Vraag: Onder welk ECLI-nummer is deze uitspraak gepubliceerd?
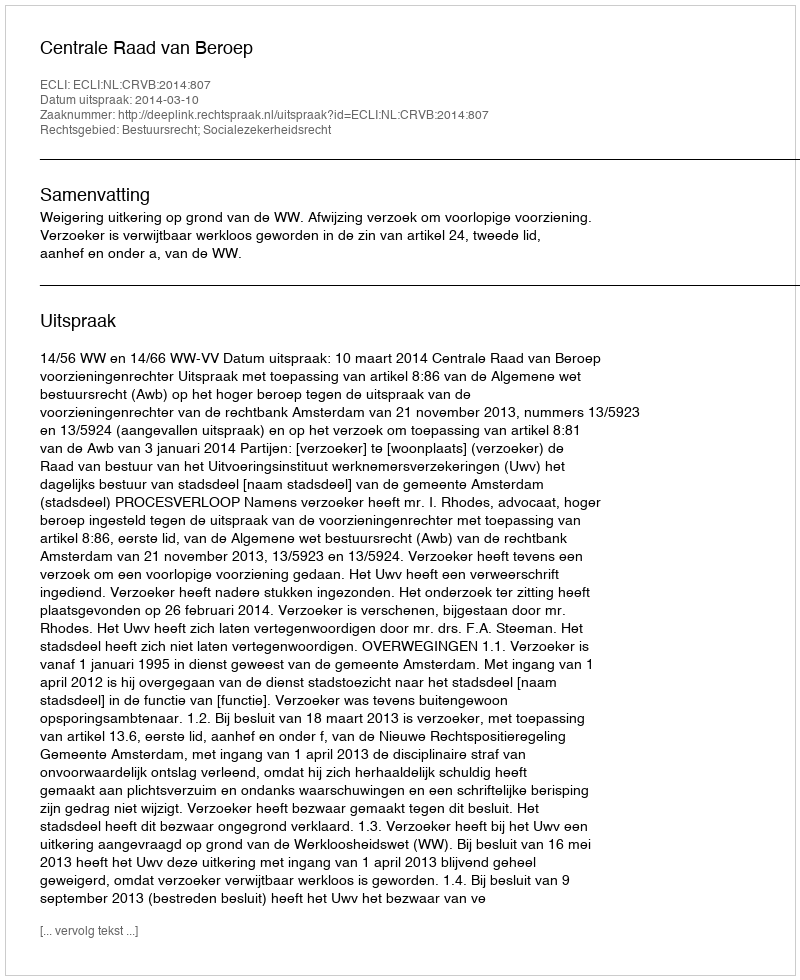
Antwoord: ECLI:NL:CRVB:2014:807